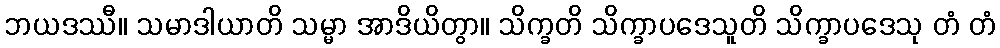
ဘယဒဿီ။ သမာဒါယာတိ သမ္မာ အာဒိယိတွာ။ သိက္ခတိ သိက္ခာပဒေသူတိ သိက္ခာပဒေသု တံ တံ